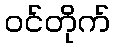
ဝင်တိုက်